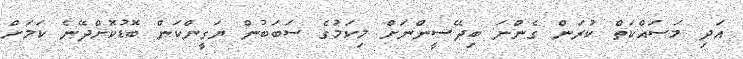
އަދި މަސައްކަތް ކުރަން ގެންނަ ބިދޭސީންނަށް މިކަމުގެ ސަބަބުން ޔަގީންކަން ބޮޑުކޮށްދޭނެ ކަމަށް